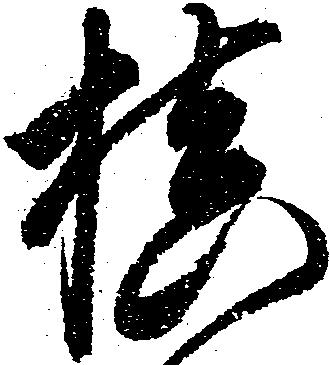
槙